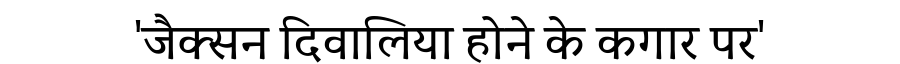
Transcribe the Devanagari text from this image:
'जैक्सन दिवालिया होने के कगार पर'